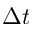
{ \Delta } t